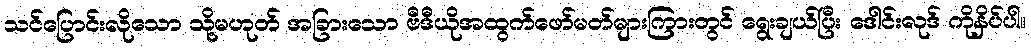
သင်ပြောင်းလိုသော သို့မဟုတ် အခြားသော ဗီဒီယိုအထွက်ဖော်မတ်များကြားတွင် ရွေးချယ်ပြီး ဒေါင်းလုဒ် ကိုနှိပ်ပါ။